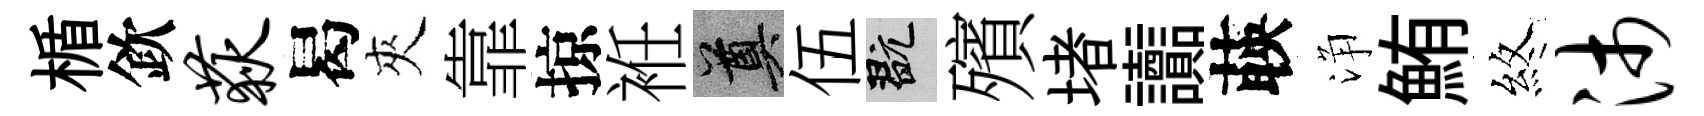
楯欽荻曷夾靠掠袵奠伍玩殯堵讟𦴤浄鮪煞沛